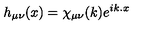
h _ { \mu \nu } ( x ) = \chi _ { \mu \nu } ( k ) e ^ { i k . x }